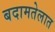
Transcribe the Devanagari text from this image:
बदामतेलात